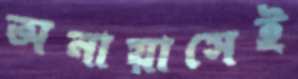
অনায়াসেই